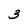
Character: 3